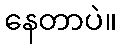
နေတာပဲ။